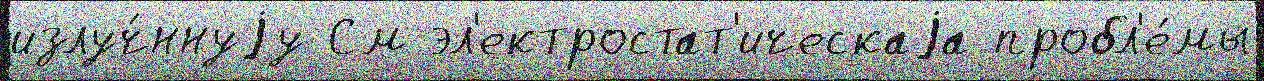
излуч́ннуjу См эл'ектростат'ическаjа пробл'е́мы